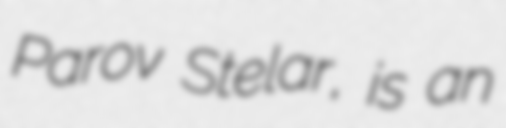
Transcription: Parov Stelar, is an